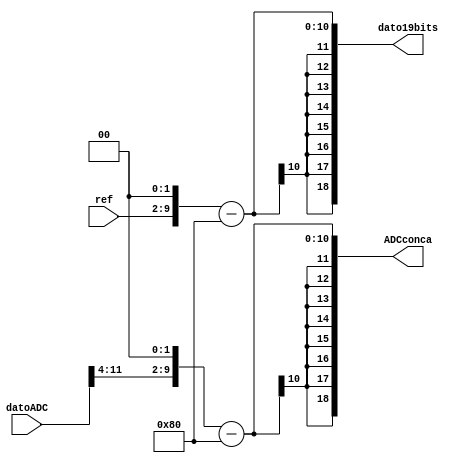
`timescale 1ns / 1ps
//////////////////////////////////////////////////////////////////////////////////
// Company: 
// Engineer: 
// 
// Design Name: 
// Module Name:    concatenar 
// Project Name: 
// Target Devices: 
// Tool versions: 
// Description: 
//
// Dependencies: 
//
// Revision: 
// Revision 0.01 - File Created
// Additional Comments: 
//
//////////////////////////////////////////////////////////////////////////////////
module concatenar(
   input wire [7:0] ref,
	input wire [15:0] datoADC,
	output wire signed [18:0] dato19bits,ADCconca
    );
	 
	 reg [18:0] datoConcatenado, datoConcaADC;
	 localparam [8:0] Ceros = 9'b0;
	 localparam [8:0] cerosADC = 9'b0;
	 
	 
	
	always@*
		begin
			datoConcaADC = {cerosADC,datoADC[11:4],2'b00};
			datoConcatenado = {Ceros,ref,2'b00};
			datoConcatenado = datoConcatenado - 19'd128;
			datoConcaADC = datoConcaADC - 19'd128;
			
		end 
	
	assign dato19bits = datoConcatenado;
	assign ADCconca = datoConcaADC;



endmodule